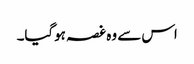
اس سے وہ غصہ ہوگیا۔